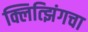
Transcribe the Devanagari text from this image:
क्लित्झिंगचा